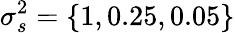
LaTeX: \sigma_{s}^{2}=\{ 1,0.25,0.05\}